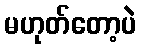
မဟုတ်တော့ပဲ